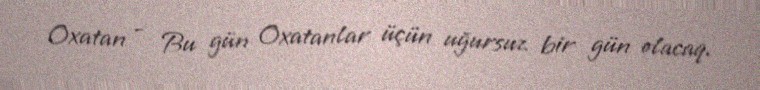
Oxatan - Bu gün Oxatanlar üçün uğursuz bir gün olacaq.